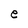
Character: e